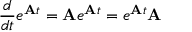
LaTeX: { \frac { d } { d t } } e ^ { \mathbf { A } t } = \mathbf { A } e ^ { \mathbf { A } t } = e ^ { \mathbf { A } t } \mathbf { A }